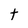
Character: t